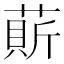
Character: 𦹱